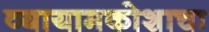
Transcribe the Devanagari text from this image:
व्यायामकोशाचा